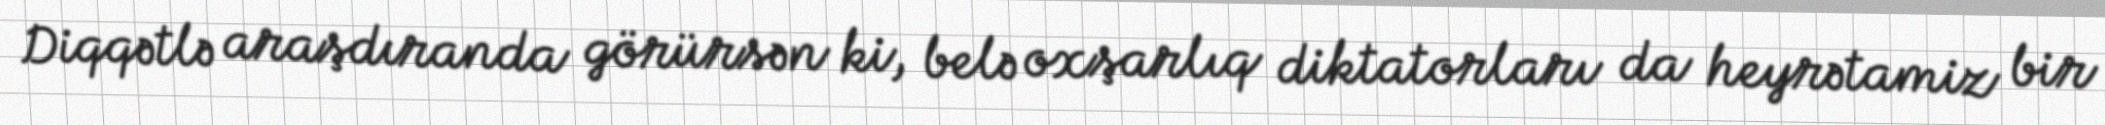
Diqqətlə araşdıranda görürsən ki, belə oxşarlıq diktatorları da heyrətamiz bir